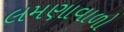
લમણાવાળો